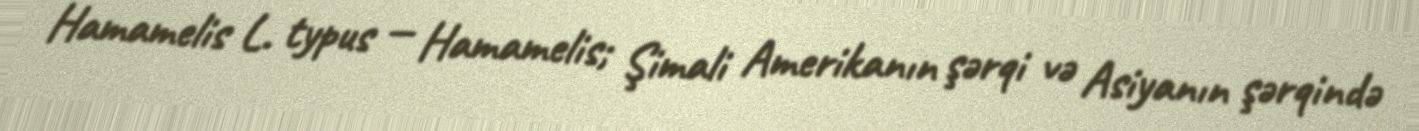
Hamamelis L. typus — Hamamelis; Şimali Amerikanın şərqi və Asiyanın şərqində